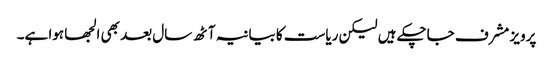
پرویز مشرف جاچکے ہیں لیکن ریاست کا بیانیہ آٹھ سال بعد بھی الجھا ہوا ہے۔